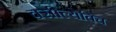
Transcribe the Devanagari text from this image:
वसील्येविच